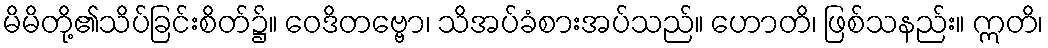
မိမိတို့၏သိပ်ခြင်းစိတ်၌။ ဝေဒိတဗ္ဗော၊ သိအပ်ခံစားအပ်သည်။ ဟောတိ၊ ဖြစ်သနည်း။ ဣတိ၊